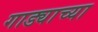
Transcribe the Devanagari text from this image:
गाड्याच्या